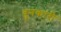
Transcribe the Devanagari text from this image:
बुनकारी